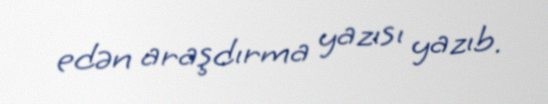
edən araşdırma yazısı yazıb.